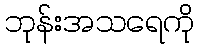
ဘုန်းအသရေကို